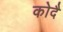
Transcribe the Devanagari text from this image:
कोदै